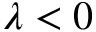
\lambda < 0